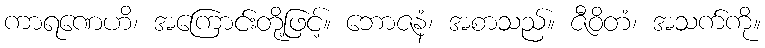
ကာရဏေဟိ၊ အကြောင်းတို့ဖြင့်။ ဘောဇနံ၊ အစာသည်။ ဇီဝိတံ၊ အသက်ကို။